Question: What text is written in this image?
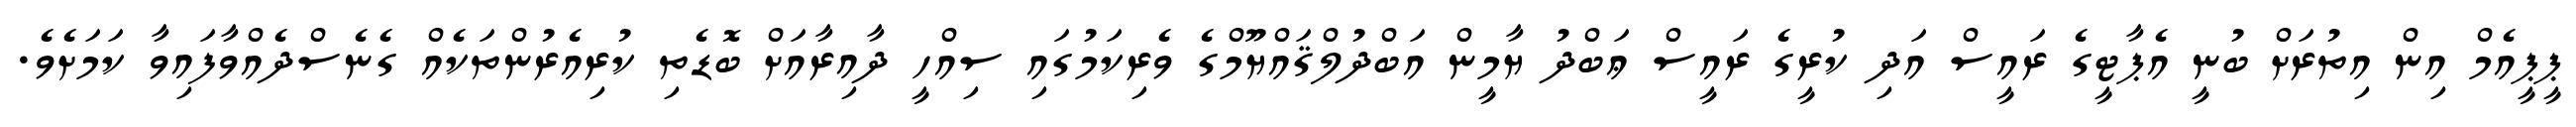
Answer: ޕީޕީއެމް އިން އިތުރަށް ބުނީ އެޕާޓީގެ ރައީސް އަދި ކުރީގެ ރައީސް ޢަބްދު ޔާމީން އަބްދުލްޤައްޔޫމްގެ ވެރިކަމުގައި ސިއްހީ ދާއިރާއަށް ބޮޑެތި ކުރިއެރުންތަކެއް ގެނެސްދެއްވާފައިވާ ކަމަށެވެ.